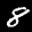
Label: 8